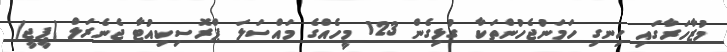
މުޒާހަރާގައި ހިނގި ހަމަނުޖެހުންތަކާ ގުޅިގެން 123 މީހެއްގެ މައްސަލަ ޕްރޮސިިކިއުޓާ ޖެނެރަލް (ޕީޖީ)